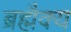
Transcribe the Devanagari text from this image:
ब्रह्मैक्य